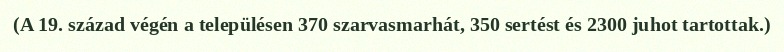
(A 19. század végén a településen 370 szarvasmarhát, 350 sertést és 2300 juhot tartottak.)